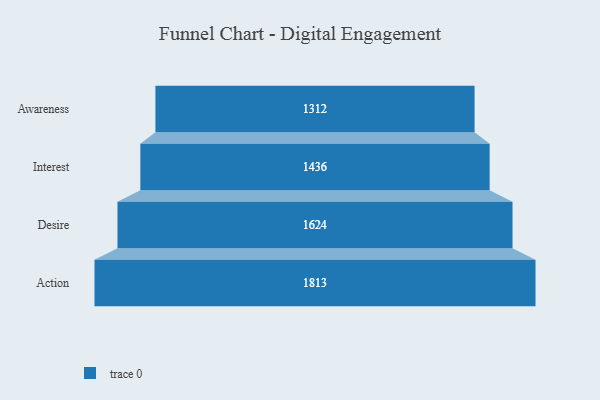
{"axis": {"x": "Stage", "y": "Value"}, "legend": [""], "data": [{"x": "Awareness", "y": 1312.0, "type": ""}, {"x": "Interest", "y": 1436.0, "type": ""}, {"x": "Desire", "y": 1624.0, "type": ""}, {"x": "Action", "y": 1813.0, "type": ""}]}